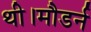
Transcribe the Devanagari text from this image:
थी।मौडर्न